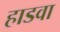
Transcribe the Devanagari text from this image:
हाडवा